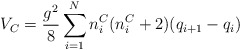
\begin{align*}V_C = \frac{g^2 }{8} \sum_{i=1}^{N} n_i^C (n_i^C +2) (q_{i+1} -q_i )\end{align*}